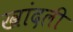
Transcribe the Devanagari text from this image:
खांदली